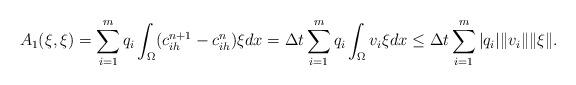
LaTeX: \begin{align*}A_1(\xi, \xi) =\sum_{i=1}^m q_i \int_{\Omega} ( c_{ih}^{n+1} -c_{ih}^n)\xi dx= \Delta t\sum_{i=1}^m q_i \int_{\Omega} v_i \xi dx \leq \Delta t\sum_{i=1}^m |q_i| \| v_i\| \|\xi\|.\end{align*}